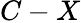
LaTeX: C-X